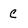
Character: C